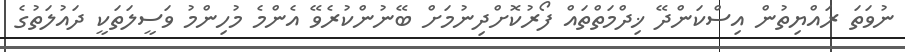
ނުވަތަ ރައްޔިތުން އިސްކަންދޭ ޚިދްމަތްތައް ފޯރުކޮށްދިނުމަށް ބޭނުންކުރެވޭ އެންމެ މުހިންމު ވަސީލަތަކީ ދައުލަތުގެ